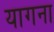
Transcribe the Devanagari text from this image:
यागना